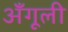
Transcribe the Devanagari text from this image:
अँगूली